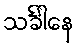
သင်္ခါနေ